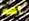
أهه